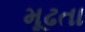
મૂઢતા